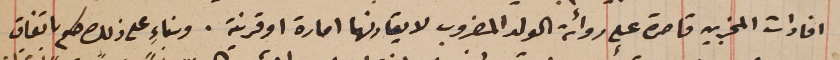
افادات المخبرين قاصرة على روائة الولد المضروب لا يقارنها امارة او قرينة. وبناء على ذلك كله باتفاق